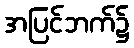
အပြင်ဘက်၌